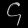
Digit: ၄